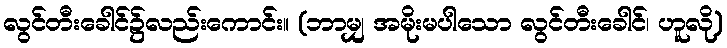
လွင်တီးခေါင်၌လည်းကောင်း။ (ဘာမျှ အမိုးမပါသော လွင်တီးခေါင်၊ ဟူလို)